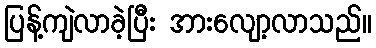
ပြန့်ကျဲလာခဲ့ပြီး အားလျော့လာသည်။